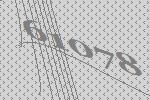
61078